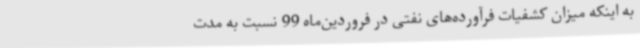
به اینکه میزان کشفیات فرآورده‌های نفتی در فروردین‌ماه 99 نسبت به مدت